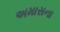
અમાસના